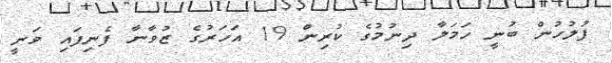
ފުލުހުން ބުނީ ހަމަލާ ދިނުމުގެ ކުރިން 19 އަަހަރުގެ ޒުވާނާ ފެނިފައި ވަނީ